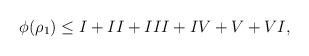
LaTeX: \begin{align*}\phi(\rho_1)\leq I+II+III+IV+V+VI,\end{align*}